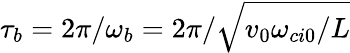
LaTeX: \tau_{b}=2\pi/\omega_{b}=2\pi/\sqrt{v_{0}\omega_{ci0}/L}